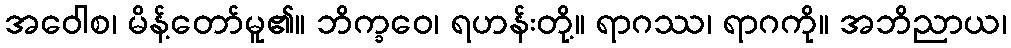
အဝေါစ၊ မိန့်တော်မူ၏။ ဘိက္ခဝေ၊ ရဟန်းတို့။ ရာဂဿ၊ ရာဂကို။ အဘိညာယ၊